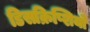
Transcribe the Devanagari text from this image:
डिसक्रिप्शियो